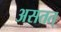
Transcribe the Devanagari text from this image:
असतत्